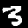
Digit: 3